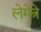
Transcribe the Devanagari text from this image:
लेमेत्रे